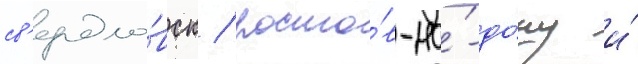
св'ердло́вск / росто́в-на́-до́ну и́